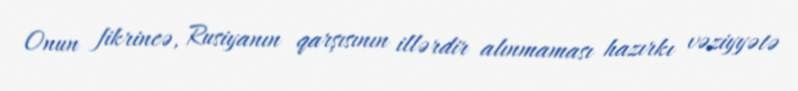
Onun fikrincə, Rusiyanın qarşısının illərdir alınmaması hazırkı vəziyyətə